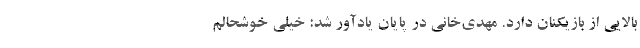
بالایی از بازیکنان دارد. مهدی‌خانی در پایان یادآور شد: خیلی خوشحالم